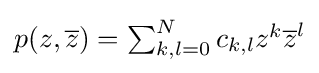
{\textstyle p(z,{\overline {z}})=\sum _{k,l=0}^{N}c_{k,l}z^{k}{\overline {z}}^{l}}